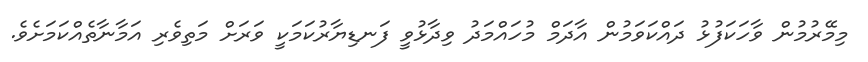
މިމޭރުމުން ވާހަކަފުޅު ދައްކަވަމުން އާދަމް މުހައްމަދު ވިދާޅުވީ ފަނޑިޔާރުކަމަކީ ވަރަށް މަތިވެރި އަމާނާތެއްކަމަށެވެ.